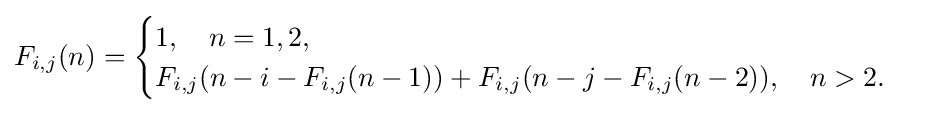
F_{i,j}(n)={\begin{cases}1,\quad n=1,2,\\F_{i,j}(n-i-F_{i,j}(n-1))+F_{i,j}(n-j-F_{i,j}(n-2)),\quad n>2.\end{cases}}